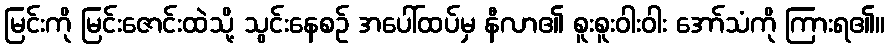
မြင်းကို မြင်းဇောင်းထဲသို့ သွင်းနေစဉ် အပေါ်ထပ်မှ နီလာ၏ စူးစူးဝါးဝါး အော်သံကို ကြားရ၏။